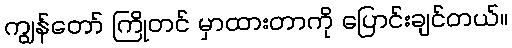
ကျွန်တော် ကြိုတင် မှာထားတာကို ပြောင်းချင်တယ်။